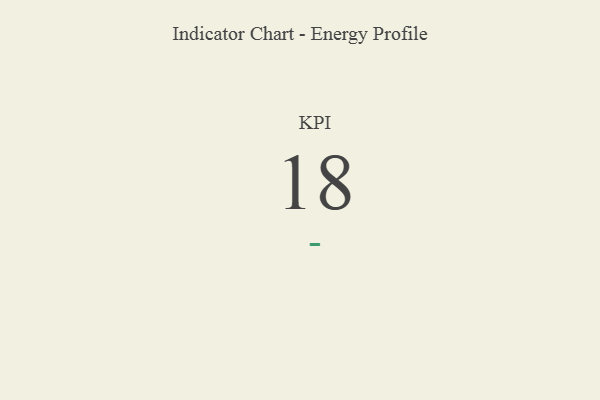
{"axis": {"x": "KPI", "y": "Value"}, "legend": [""], "data": [{"x": "KPI", "y": 18, "type": ""}]}